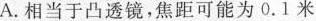
A.相当于凸透镜，焦距可能为0.1米